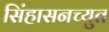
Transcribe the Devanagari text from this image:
सिंहासनच्युत